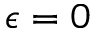
\epsilon = 0